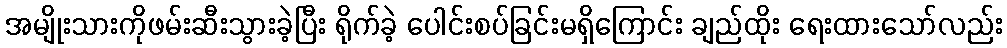
အမျိုးသားကိုဖမ်းဆီးသွားခဲ့ပြီး ရိုက်ခဲ့ ပေါင်းစပ်ခြင်းမရှိကြောင်း ချည်ထိုး ရေးထားသော်လည်း